Tezpur Lunatic Asylum reports 1895-1904 - 1895-1904
Year: 1895
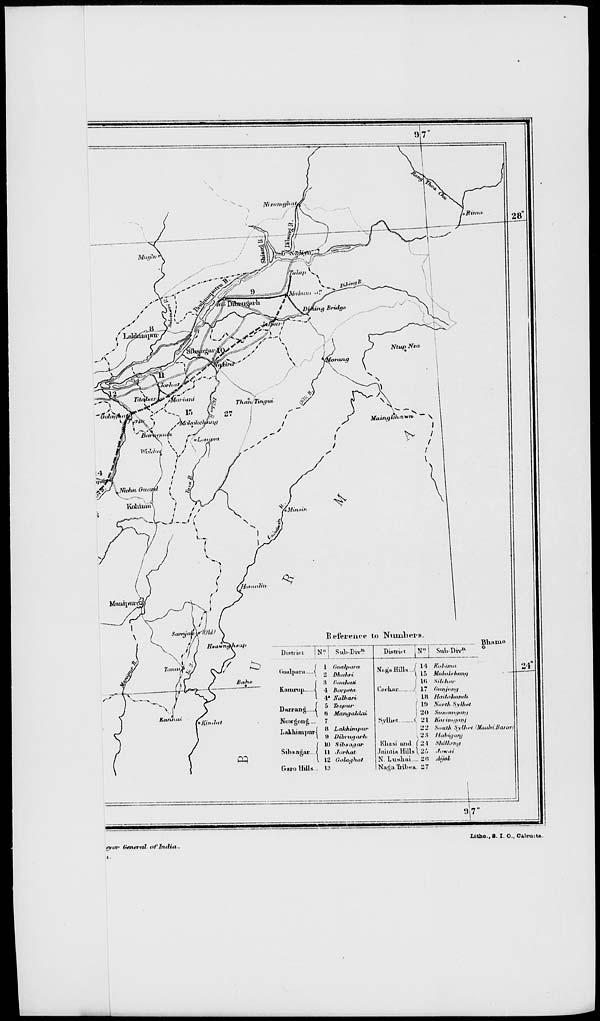
Reference to Numbers
|N?| Sub-Div*
.
1 Goalfiat
1
i a uhuhti
Kamrup-
Durrang i
NViWgnil£ ...
Lakhimpurj
Sibta&ac-
OHIO Hills
3 1'niitluili
•1 HilVfielil
I* Nalhari
5 Tezpur
li Maiujiililai
7
8 Lakhiinpur
II Uibinijru-h
10 SibmtjjfW
11 Jor/iaf
12 (''ijUttfhat
13
District
N n I Suli-Div 1 . 1
Bhmun
o
( lo nUihihlititifi
HI Sil.luir
17 (iuiijanfi
Hi Haitahandi
l!i JVbrt* S>//,w
'JO Siiiiititiftitiii
\ 21 Km iiiiii'iiij
2"_* S.iulJi SYIJI-I iMaidvillajuri
v 2M Htihitjanj
Kliasi mid f 3-1 SliiUony
Jaiutift Hills \ 2"i .'nH.il'
N. l.uslioi ll«t /ii'/tfZ-
NagaMbea a7
Cnchar.
Svlli.i
24
9 7'
Littao., S. I. O., Calcutta
jryiJf Gemini oi'Inditt-.
i ■